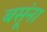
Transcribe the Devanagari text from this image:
बसूंना